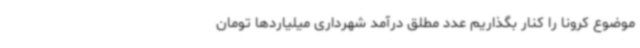
موضوع کرونا را کنار بگذاریم عدد مطلق درآمد شهرداری میلیاردها تومان